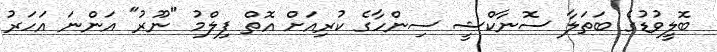
ބޮލީވުޑުގެ ބަތަލާ ސޮނާކްޝީ ސިންހާގެ ކުރިއަށް އޮތް ފިލްމު "ނޫރު" އަންނަ އަހަރު